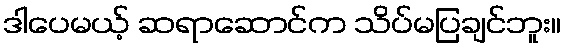
ဒါပေမယ့် ဆရာဆောင်က သိပ်မပြချင်ဘူး။